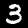
Digit: 3